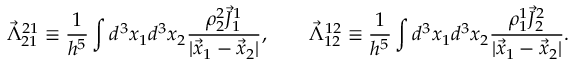
\vec { \Lambda } _ { 2 1 } ^ { 2 1 } \equiv \frac { 1 } { h ^ { 5 } } \int d ^ { 3 } x _ { 1 } d ^ { 3 } x _ { 2 } \frac { \rho _ { 2 } ^ { 2 } \vec { J } _ { 1 } ^ { 1 } } { | \vec { x } _ { 1 } - \vec { x } _ { 2 } | } , \qquad \vec { \Lambda } _ { 1 2 } ^ { 1 2 } \equiv \frac { 1 } { h ^ { 5 } } \int d ^ { 3 } x _ { 1 } d ^ { 3 } x _ { 2 } \frac { \rho _ { 1 } ^ { 1 } \vec { J } _ { 2 } ^ { 2 } } { | \vec { x } _ { 1 } - \vec { x } _ { 2 } | } .